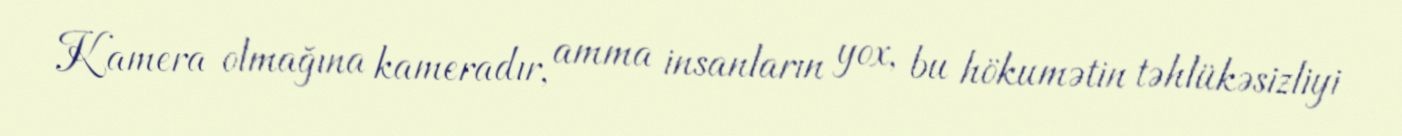
Kamera olmağına kameradır, amma insanların yox, bu hökumətin təhlükəsizliyi